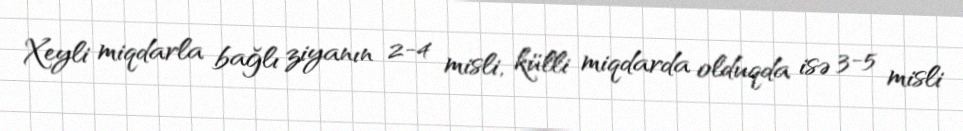
Xeyli miqdarla bağlı ziyanın 2-4 misli, külli miqdarda olduqda isə 3-5 misli